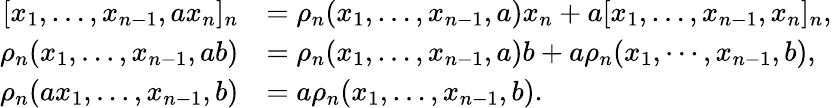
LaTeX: \begin{array}{rl}{[x_{1},\dots,x_{n-1},ax_{n}]_{n}}&{=\rho_{n}(x_{1},\dots,x_{n-1},a)x_{n}+a[x_{1},\dots,x_{n-1},x_{n}]_{n},}\\ {\rho_{n}(x_{1},\dots,x_{n-1},ab)}&{=\rho_{n}(x_{1},\dots,x_{n-1},a)b+a\rho_{n}(x_{1},\cdots,x_{n-1},b),}\\ {\rho_{n}(ax_{1},\dots,x_{n-1},b)}&{=a\rho_{n}(x_{1},\dots,x_{n-1},b).}\end{array}